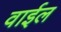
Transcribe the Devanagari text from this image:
वाईल